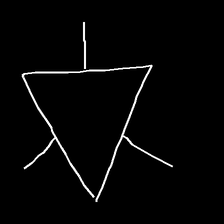
Glyph: fire